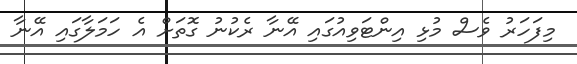
މިފަހަރު ވެސް މުޅި އިންޓަވިއުގައި އޭނާ ރެކުނު ގޮތަށް އެ ހަމަލާގައި އޭނާ